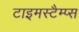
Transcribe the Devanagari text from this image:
टाइमस्टैम्प्स